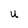
Character: u